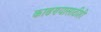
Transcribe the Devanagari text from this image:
काढण्यासाठीही